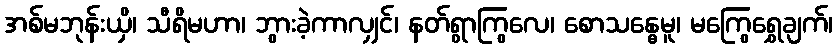
အစ်မဘုန်းယှိ၊ သီရိမဟာ၊ ဘွားခဲ့ကာလျှင်၊ နတ်ရွာကြွလေ၊ စောသန္ဓေမူ၊ မကြွေရွှေချက်၊